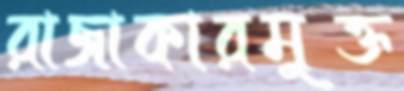
রাজাকারমুক্ত